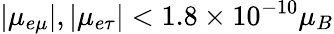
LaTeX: |\mu_{e\mu}|,|\mu_{e\tau}|<1.8\times 10^{-10}\mu_{B}